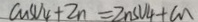
C u S O _ { 4 } + Z n = Z n S O _ { 4 } + C u